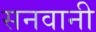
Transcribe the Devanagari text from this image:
सनवानी